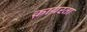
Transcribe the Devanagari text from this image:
क़ायरता